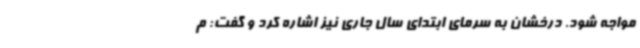
مواجه شود. درخشان به سرمای ابتدای سال جاری نیز اشاره کرد و گفت: م